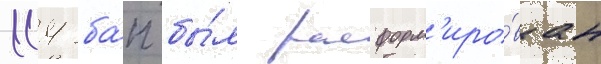
114 ба́п бы́л расформ'иро́ван